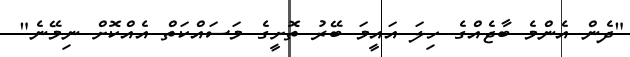
"ދެން އެންމެ ބާޖެއްގެ ހިލަ އައީމަ ބޭރު ތޮށީގެ މަސައްކަތް އެއްކޮށް ނިމޭނެ"